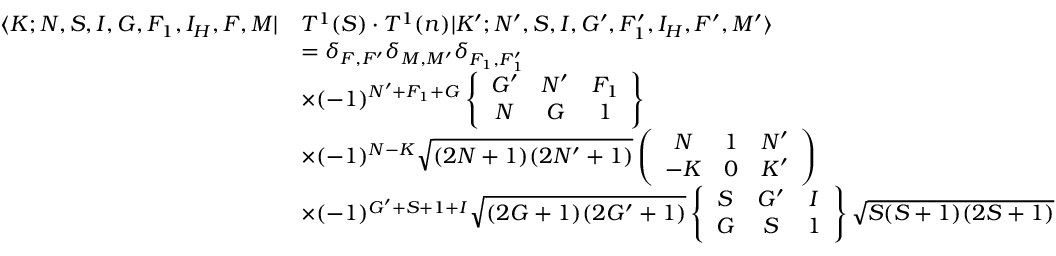
\begin{array} { r l } { \langle K ; N , S , I , G , F _ { 1 } , I _ { H } , F , M | } & { T ^ { 1 } ( S ) \cdot T ^ { 1 } ( n ) | K ^ { \prime } ; N ^ { \prime } , S , I , G ^ { \prime } , F _ { 1 } ^ { \prime } , I _ { H } , F ^ { \prime } , M ^ { \prime } \rangle } \\ & { = \delta _ { F , F ^ { \prime } } \delta _ { M , M ^ { \prime } } \delta _ { F _ { 1 } , F _ { 1 } ^ { \prime } } } \\ & { \times ( - 1 ) ^ { N ^ { \prime } + F _ { 1 } + G } \left\{ \begin{array} { c c c } { G ^ { \prime } } & { N ^ { \prime } } & { F _ { 1 } } \\ { N } & { G } & { 1 } \end{array} \right\} } \\ & { \times ( - 1 ) ^ { N - K } \sqrt { ( 2 N + 1 ) ( 2 N ^ { \prime } + 1 ) } \left( \begin{array} { c c c } { N } & { 1 } & { N ^ { \prime } } \\ { - K } & { 0 } & { K ^ { \prime } } \end{array} \right) } \\ & { \times ( - 1 ) ^ { G ^ { \prime } + S + 1 + I } \sqrt { ( 2 G + 1 ) ( 2 G ^ { \prime } + 1 ) } \left\{ \begin{array} { c c c } { S } & { G ^ { \prime } } & { I } \\ { G } & { S } & { 1 } \end{array} \right\} \sqrt { S ( S + 1 ) ( 2 S + 1 ) } } \end{array}